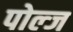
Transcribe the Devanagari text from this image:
पोल्ज